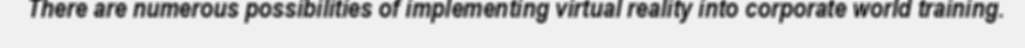
There are numerous possibilities of implementing virtual reality into corporate world training.